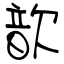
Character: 歆